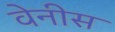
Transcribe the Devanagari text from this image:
वेनीस